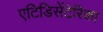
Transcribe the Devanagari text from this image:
एटिडिसेंटेरिका